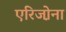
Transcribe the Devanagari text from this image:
एरिजो़ना